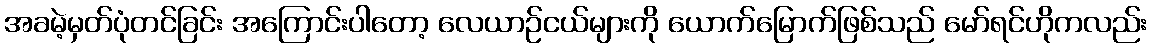
အခမဲ့မှတ်ပုံတင်ခြင်း အကြောင်းပါတော့ လေယာဉ်ငယ်များကို ယောက်မြောက်ဖြစ်သည် မော်ရင်ဟိုကလည်း